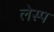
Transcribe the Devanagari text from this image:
लेस्प